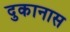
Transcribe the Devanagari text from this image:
दुकानास